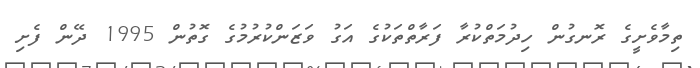
ތިމާވެށީގެ ރޮނގުން ހިދުމަތްކުރާ ފަރާތްތަކުގެ އަގު ވަޒަންކުރުމުގެ ގޮތުން 1995 ދޭން ފެށި